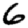
Digit: 6